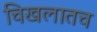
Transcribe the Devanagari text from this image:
चिखलातच